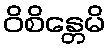
ဝိစိန္တေမိ